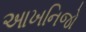
આખનિજો